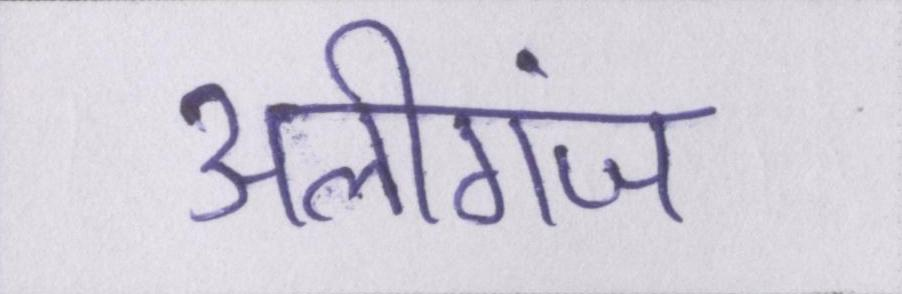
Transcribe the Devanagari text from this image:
अलीगंज